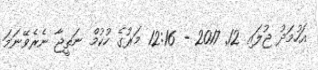
އަހުމަދު ޖުލައި 12